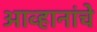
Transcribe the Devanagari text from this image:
आव्हानांचे